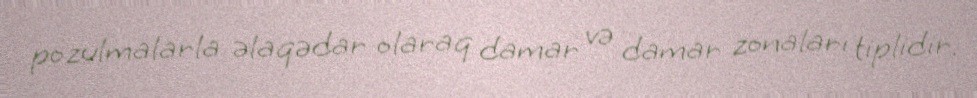
pozulmalarla əlaqədar olaraq damar və damar zonaları tiplidir.